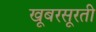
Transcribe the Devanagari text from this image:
खूबरसूरती